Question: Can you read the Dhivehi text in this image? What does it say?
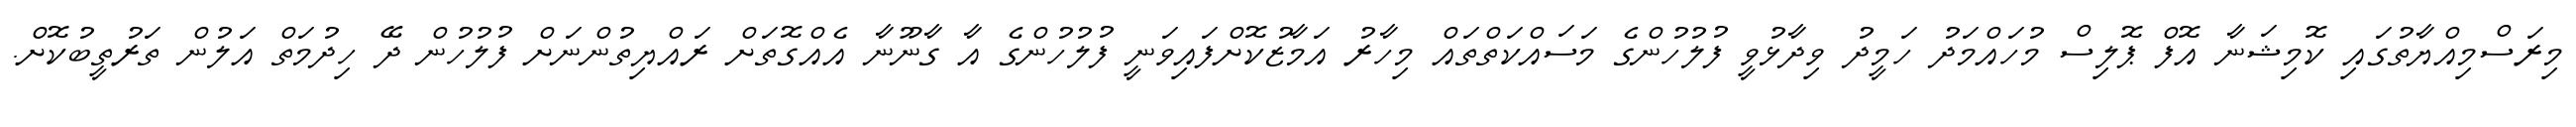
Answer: މިރަސްމިއްޔާތުގައި ކޮމިޝަނާ އޮފް ޕޮލިސް މުހައްމަދު ހަމީދު ވިދާޅުވީ ފުލުހުންގެ މަސައްކަތްތައް މިހާރު އަމާޒުކޮށްފައިވަނީ ފުލުހުންގެ އާ ގާނޫނާ އެއްގޮތަށް ރައްޔިތުންނަށް ފުލުހުން ދޭ ހިދުމަތް އަލުން ތަރުތީބުކޮށް.